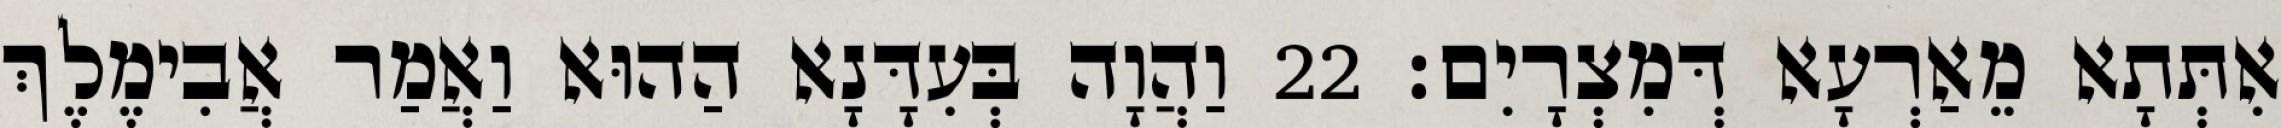
אִתְּתָא מֵאַרְעָא דְּמִצְרָיִם׃ 22 וַהֲוָה בְּעִדָּנָא הַהוּא וַאֲמַר אֲבִימֶלֶךְ